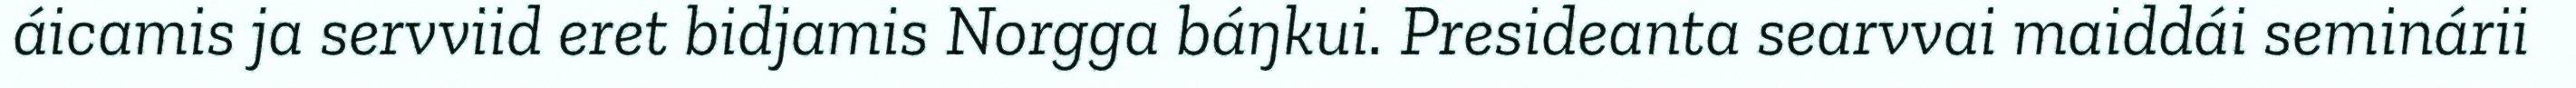
áicamis ja servviid eret bidjamis Norgga báŋkui. Presideanta searvvai maiddái seminárii